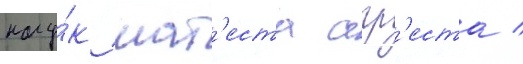
нау́к мат'еста агр'еста /